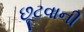
છૂટવાની